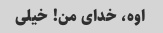
اوه، خدای من! خیلی